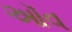
ઑવ